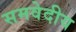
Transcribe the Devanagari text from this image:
समवेदीय